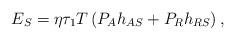
LaTeX: \begin{align*}{E_S} = \eta \tau_1 T \left({P_A}{h_{AS}} + {P_R}{h_{RS}}\right),\end{align*}